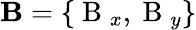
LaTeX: \mathbf B=\{ \mathrm{~B~}_{x},\mathrm{~B~}_{y}\}